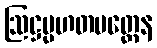
ဩဋ္ဌပ္ပဟတမတ္တေန